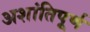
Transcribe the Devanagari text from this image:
अशांतिपूर्ण